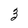
Character: 3